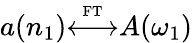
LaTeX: a(n_{1}){\overset{\underset{\mathrm{FT}}{}}{\longleftrightarrow}}A(\omega_{1})